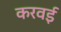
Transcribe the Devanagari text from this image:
करवई